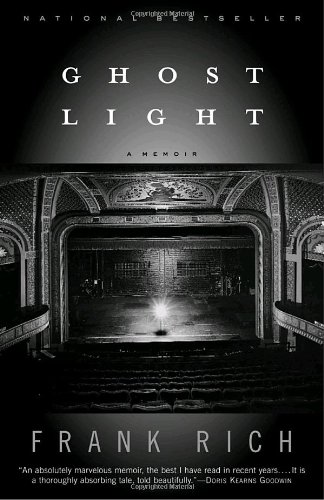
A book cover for Ghost Light: A Memoir; Frank Rich; Biographies & Memoirs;